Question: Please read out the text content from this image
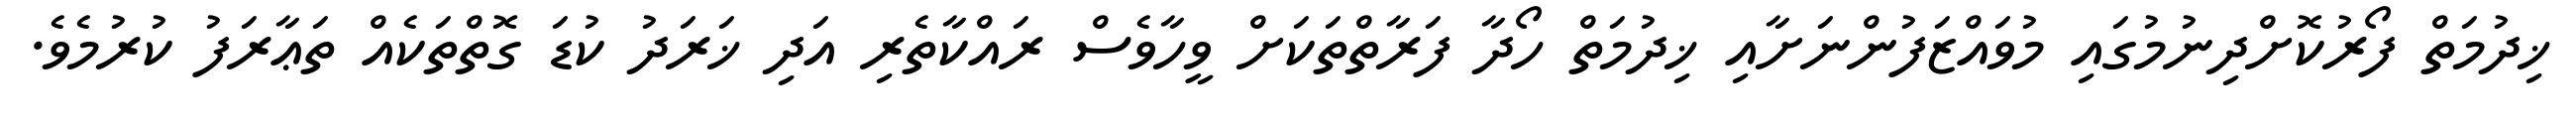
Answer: ޚިދުމަތް ފޯރުކޮށްދިނުމުގައި މުވައްޒަފުންނަށާއި ޚިދުމަތް ހޯދާ ފަރާތްތަކަށް ވީހާވެސް ރައްކާތެރި އަދި ޚަރަދު ކުޑަ ގޮތްތަކެއް ތަޢާރަފު ކުރުމެވެ.